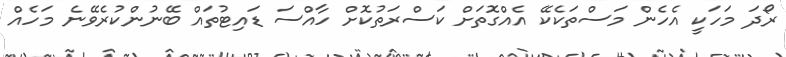
ރޯދަ މަހަކީ އެހެން މަސްތަކެކޭ އެއްގޮތަށް ކަސްރަތުކޮށް ހާއްސަ ޑައިޓުތައް ބޭނުންކުރެވޭނެ މަހެއް